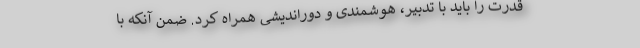
قدرت را باید با تدبیر، هوشمندی و دوراندیشی همراه کرد. ضمن آنکه با